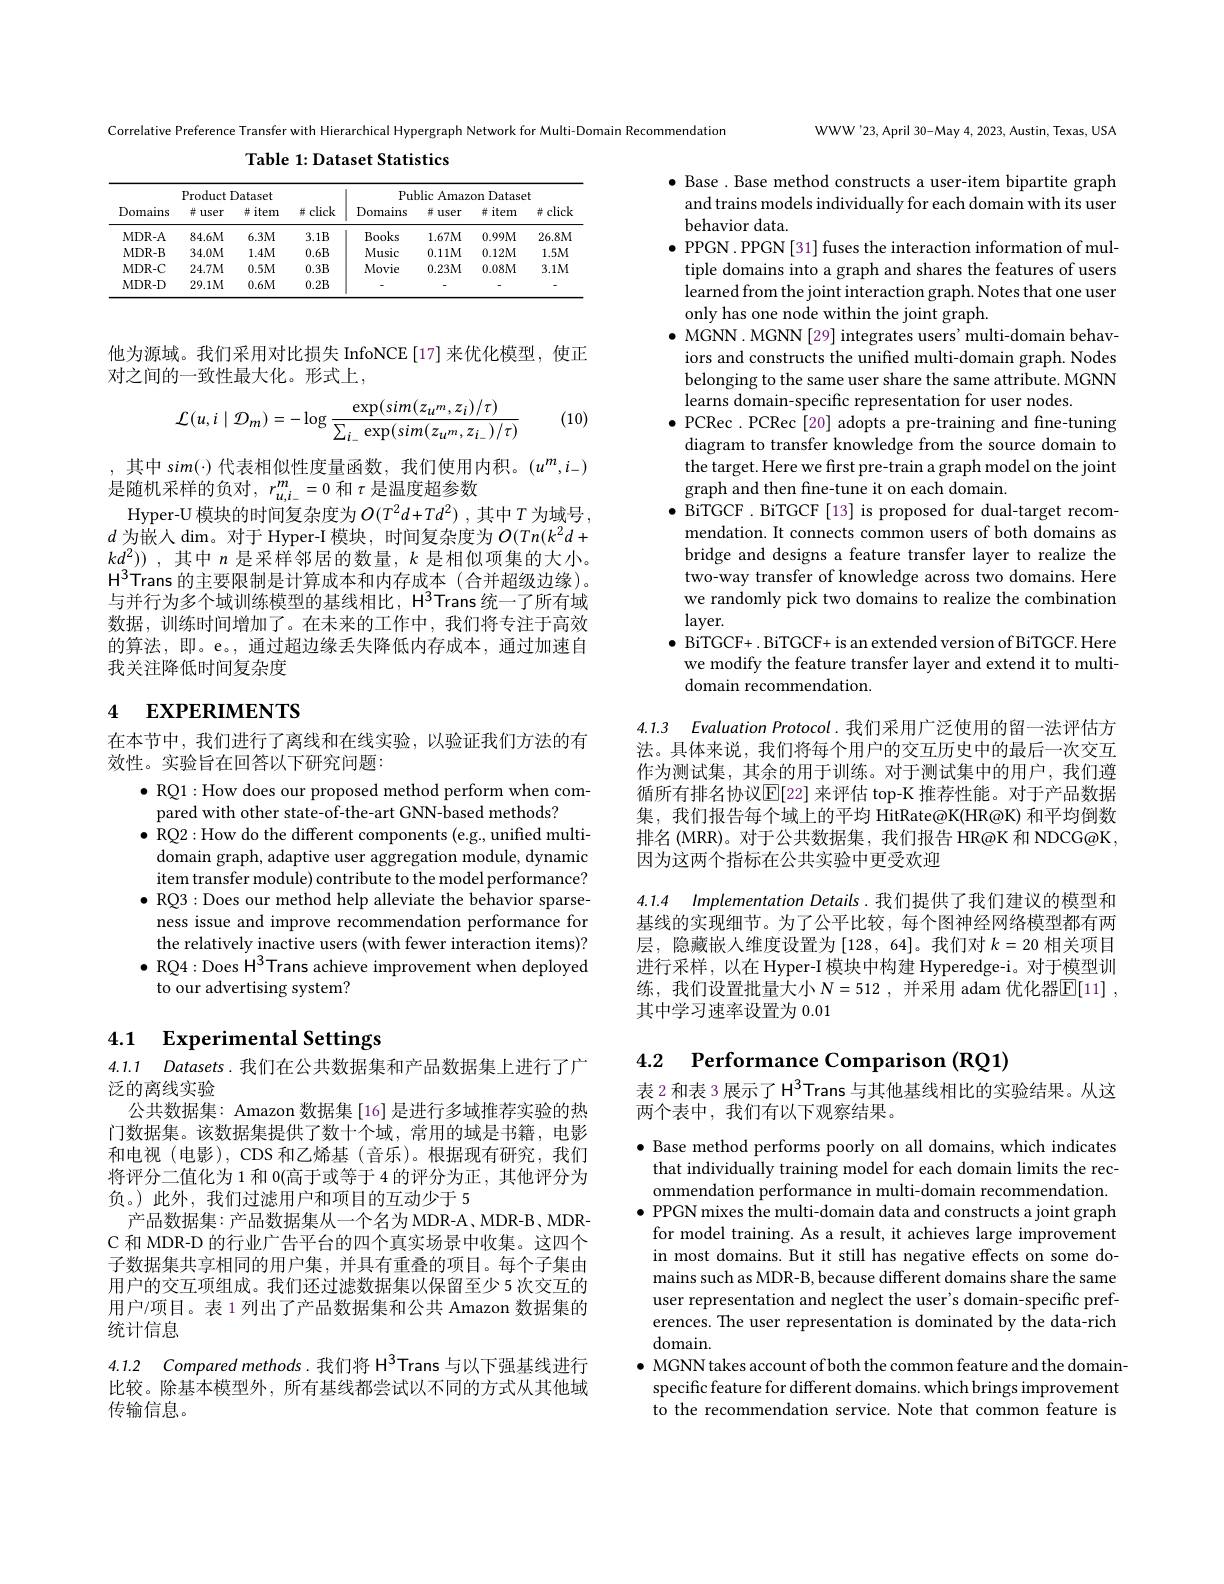
Correlative Preference Transfer with Hierarchical Hypergraph Network for Multi-Domain Recommendation
Table 1: Dataset Statistics

<table>
	<tbody>
		<tr>
			<th rowspan="2">Domains</th>
			<th colspan="3">Product Dataset</th>
			<th colspan="4">Public Amazon Dataset</th>
		</tr>
		<tr>
			<th>带 user</th>
			<th>#item</th>
			<th>并 click</th>
			<th>Domains</th>
			<th>并1 user</th>
			<th>并 item</th>
			<th>带 click</th>
		</tr>
		<tr>
			<td>$MDR-A$</td>
			<td>$84.6M$</td>
			<td>$6.3M$</td>
			<td>$3.1B$</td>
			<td>Books</td>
			<td>$1.67M$</td>
			<td>$0.99M$</td>
			<td>$26.8M$</td>
		</tr>
		<tr>
			<td>MDR- B</td>
			<td>$34.0M$</td>
			<td>$1.4M$</td>
			<td>0.6B</td>
			<td>Music</td>
			<td>$0.11M$</td>
			<td>$0.12M$</td>
			<td>$1.5M$</td>
		</tr>
		<tr>
			<td>MDR- C</td>
			<td>$24.7M$</td>
			<td>$0.5M$</td>
			<td>0.3B</td>
			<td>Movie</td>
			<td>$0.23M$</td>
			<td>$0.08M$</td>
			<td>$3.1M$</td>
		</tr>
		<tr>
			<td>$MDR-D$</td>
			<td>$29.1M$</td>
			<td>$0.6M$</td>
			<td>0.2B</td>
			<td> </td>
			<td> </td>
			<td> </td>
			<td>-</td>
		</tr>
	</tbody>
</table>

他为源域。我们采用对比损失 InfoNCE [17]来优化模型，使正
对之间的一致性最大化。形式上，

(10)
$$\mathcal{L}(u,i\mid\mathcal{D}_{m})=-\log\frac{\exp(sim(z_{u^m},z_i)/\tau)}{\sum_{i_-}\exp(sim(z_{u^m},z_{i_-})/\tau)}$$
,其中 sim(·) 代表相似性度量函数，我们使用内积。$(u^m,i_-)$
是随机采样的负对$,r_u,i_-^m=0$和$\tau$是温度超参数
Hyper-U 模块的时间复杂度为$O(T^2d+Td^2)$ ,其中$T$为域号， $d$为嵌入$\dim$。对于 Hyper-I 模块，时间复杂度为$O(Tn(k^2d+1)$ $kd_2^2))$,其中$n$是采样邻居的数量，$k$是相似项集的大小。$\mathrm{H}^{3}$Trans 的主要限制是计算成本和内存成本(合并超级边缘)。与并行为多个域训练模型的基线相比，H^3Trans 统一了所有域数据，训练时间增加了。在未来的工作中，我们将专注于高效的算法，即。e。, 通过超边缘丢失降低内存成本，通过加速自我关注降低时间复杂度

# 4 EXPERIMENTS

在本节中，我们进行了离线和在线实验，以验证我们方法的有
效性。实验旨在回答以下研究问题：

$\bullet$ RQ1:How does our proposed method perform when com-
pared with other state-of-the-art GNN-based methods?
$\bullet$ RQ2:How do the different components (e.g., unified multidomain graph, adaptive user aggregation module, dynamic item transfer module) contribute to the model performance?
$\bullet$ RQ3:Does our method help alleviate the behavior sparse-
ness issue and improve recommendation performance for the relatively inactive users (with fewer interaction items)? $\bullet$ RQ4: Does H$^3$Trans achieve improvement when deployed to our advertising system?

### 4.1 $\textbf{Experimental Settings}$

4.1.1 Datasets.我们在公共数据集和产品数据集上进行了广
泛的离线实验
公共数据集：Amazon 数据集 [16] 是进行多域推荐实验的热门数据集。该数据集提供了数十个域，常用的域是书籍，电影和电视(电影),CDS 和乙烯基(音乐)。根据现有研究，我们将评分二值化为 1 和 0(高于或等于 4 的评分为正 , 其他评分为负。)此外，我们过滤用户和项目的互动少于 5
产品数据集：产品数据集从一个名为 MDR-A、MDR-B、MDRC 和 MDR-D 的行业广告平台的四个真实场景中收集。这四个子数据集共享相同的用户集，并具有重叠的项目。每个子集由用户的交互项组成。我们还过滤数据集以保留至少 5 次交互的用户/项目。表 1 列出了产品数据集和公共 Amazon 数据集的统计信息
4.1.2 Compared methods.我们将 H$^{3}$Trans 与以下强基线进行

比较。除基本模型外，所有基线都尝试以不同的方式从其他域
传输信息。

WWW'23,April 30-May 4, 2023, Austin, Texas, USA

$\bullet$ Base . Base method constructs a user-item bipartite graph
and trains models individually for each domain with its user
behavior data.
$\bullet$ PPGN. PPGN [31] fuses the interaction information of mul-
tiple domains into a graph and shares the features of users learned from the joint interaction graph. Notes that one user only has one node within the joint graph.
$\bullet$ MGNN. MGNN[29] integrates users' multi-domain behav-
iors and constructs the unified multi-domain graph. Nodes belonging to the same user share the same attribute. MGNN learns domain-specific representation for user nodes.
$\bullet$ PCRec. PCRec[20] adopts a pre-training and fine-tuning
diagram to transfer knowledge from the source domain to the target. Here we first pre-train a graph model on the joint graph and then fine-tune it on each domain.
$\bullet$ BiTGCF. BiTGCF[13] is proposed for dual-target recom-
mendation. It connects common users of both domains as bridge and designs a feature transfer layer to realize the two-way transfer of knowledge across two domains. Here we randomly pick two domains to realize the combination layer.
$\bullet$ BiTGCF+. BiTGCF+ is an extended version of BiTGCF. Here
we modify the feature transfer layer and extend it to multi-
domain recommendation.

4.1.3 Evaluation Protocol. 我们采用广泛使用的留一法评估方法。具体来说，我们将每个用户的交互历史中的最后一次交互

作为测试集，其余的用于训练。对于测试集中的用户，我们遵循所有排名协议$\mathbb{E}[$22] 来评估 top-K 推荐性能。对于产品数据集，我们报告每个域上的平均 HitRate@K(HR@K) 和平均倒数排名 (MRR)。对于公共数据集，我们报告 HR@K 和 NDCG@K, 因为这两个指标在公共实验中更受欢迎

4.1.4 Implementation Details. 我们提供了我们建议的模型和

基线的实现细节。为了公平比较，每个图神经网络模型都有两层，隐藏嵌人维度设置为 [128, 64]。我们对$k=20$相关项目进行采样，以在 Hyper-I 模块中构建 Hyperedge-i。对于模型训练，我们设置批量大小$N=512$,并采用 adam 优化器$\overline{\mathbb{E}}[11]$, 其中学习速率设置为 0.01

4.2 Performance Comparison (RO1)

表 2 和表 3 展示了 H$^{3}$Trans 与其他基线相比的实验结果。从这
两个表中，我们有以下观察结果。

$\bullet$ Base method performs poorly on all domains, which indicates that individually training model for each domain limits the recommendation performance in multi-domain recommendation.
$\bullet$ PPGN mixes the multi-domain data and constructs a joint graph
for model training. As a result, it achieves large improvement in most domains. But it still has negative effects on some domains such as MDR-B, because different domains share the same user representation and neglect the user's domain-specific preferences. The user representation is dominated by the data-rich domain.
$\bullet$ MGNN takes account ofboth the common feature and the domain-
specific feature for different domains. which brings improvement to the recommendation service. Note that common feature is